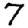
Digit: 7